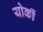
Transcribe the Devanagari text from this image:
योर्की